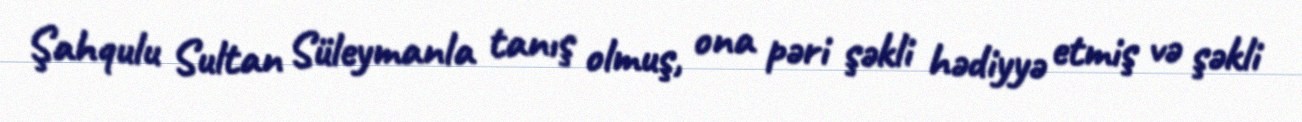
Şahqulu Sultan Süleymanla tanış olmuş, ona pəri şəkli hədiyyə etmiş və şəkli